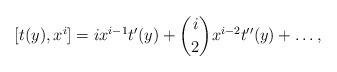
LaTeX: \begin{align*} [t(y),x^i]=i x^{i-1}t'(y)+\binom{i}{2} x^{i-2}t''(y)+\dots,\end{align*}